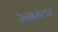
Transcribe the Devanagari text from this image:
रेन्ससेलर